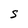
Character: S